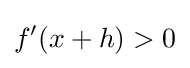
f'(x+h)>0